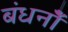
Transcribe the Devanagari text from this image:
बंधनोँ